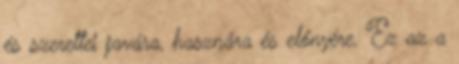
és szerettei javára, hasznára és előnyére. Ez az a